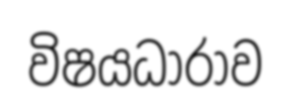
විෂයධාරාව